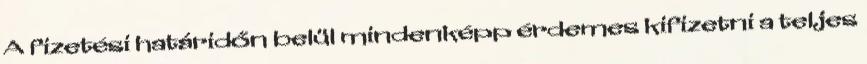
A fizetési határidőn belül mindenképp érdemes kifizetni a teljes